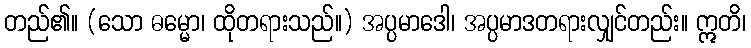
တည်၏။ (သော ဓမ္မော၊ ထိုတရားသည်။) အပ္ပမာဒေါ၊ အပ္ပမာဒတရားလျှင်တည်း။ ဣတိ၊